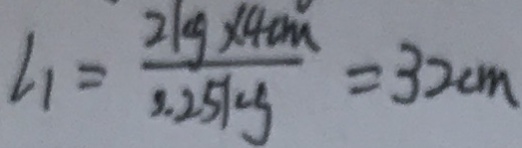
l _ { 1 } = \frac { 2 k g \times 4 c m } { 0 . 2 5 k g } = 3 2 c m